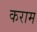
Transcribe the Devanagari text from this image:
कराम